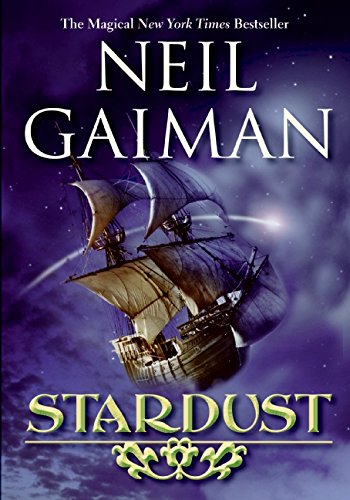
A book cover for Stardust; Neil Gaiman; Science Fiction & Fantasy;